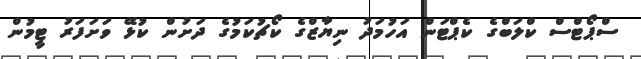
ސްޕޯޓްސް ކްލަބްގެ ކެޕްޓަން އަހުމަދު ނިޔާޒްގެ ކޯޗުކަމުގެ ދަށުން ކުޅޭ ވަށަފަރު ޓީމުން